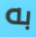
به